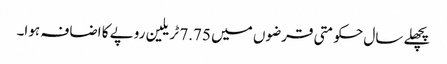
پچھلے سال حکومتی قرضوں میں 7.75 ٹریلین روپے کا اضافہ ہوا۔